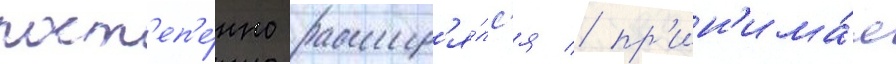
пост'еп'е́нно расшир'я́лс'я / пр'ин'има́я